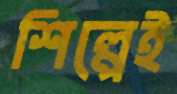
শিল্পেই